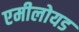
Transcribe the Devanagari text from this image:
एमीलोयड